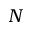
N